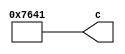
// -------------------------------------------------------------
// 
// 
// Generated by MATLAB 9.14 and HDL Coder 4.1
// 
// -------------------------------------------------------------


// -------------------------------------------------------------
// 
// Module: a10_block1
// Source Path: FP_sub/fp model/IIR_section_3/a10
// Hierarchy Level: 2
// 
// -------------------------------------------------------------

`timescale 1 ns / 1 ns

module a10_block1
          (c);


  output  signed [14:0] c;  // sfix15_En11


  wire signed [14:0] a10_out1;  // sfix15_En11


  assign a10_out1 = 15'sb111011001000001;



  assign c = a10_out1;

endmodule  // a10_block1